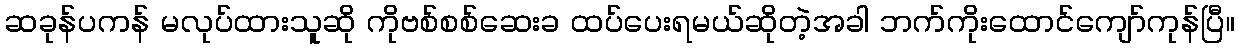
ဆခုန်ပကန် မလုပ်ထားသူဆို ကိုဗစ်စစ်ဆေးခ ထပ်ပေးရမယ်ဆိုတဲ့အခါ ဘက်ကိုးထောင်ကျော်ကုန်ပြီ။